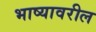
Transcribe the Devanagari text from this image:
भाष्यावरील